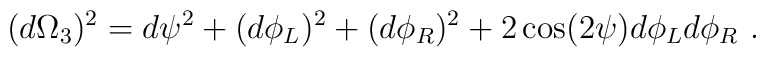
(d\Omega_3)^2 = d\psi^2 + (d\phi_L)^2 + (d\phi_R)^2 + 2 \cos ( 2 \psi) d\phi_L d\phi_R ~.